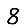
Digit: 8